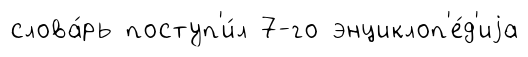
слова́рь поступ'и́л 7-го энциклоп'е́д'иjа